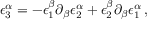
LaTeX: \epsilon _ { 3 } ^ { \alpha } = - \epsilon _ { 1 } ^ { \beta } \partial _ { \beta } \epsilon _ { 2 } ^ { \alpha } + \epsilon _ { 2 } ^ { \beta } \partial _ { \beta } \epsilon _ { 1 } ^ { \alpha } \, ,